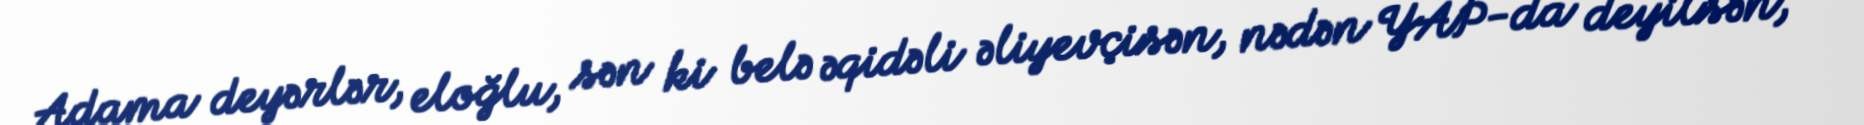
Adama deyərlər, eloğlu, sən ki belə əqidəli əliyevçisən, nədən YAP-da deyilsən,